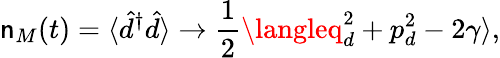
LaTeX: \mathsf{n}_{M}(t)=\langle\hat{{d}}^{\dagger}\hat{{d}}\rangle\to\frac{{1}}{{2}}\langleq_{d}^{2}+p_{d}^{2}-2\gamma\rangle,